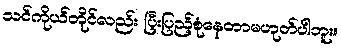
သင်ကိုယ်တိုင်လည်း ပြီးပြည့်စုံနေတာမဟုတ်ပါဘူး။